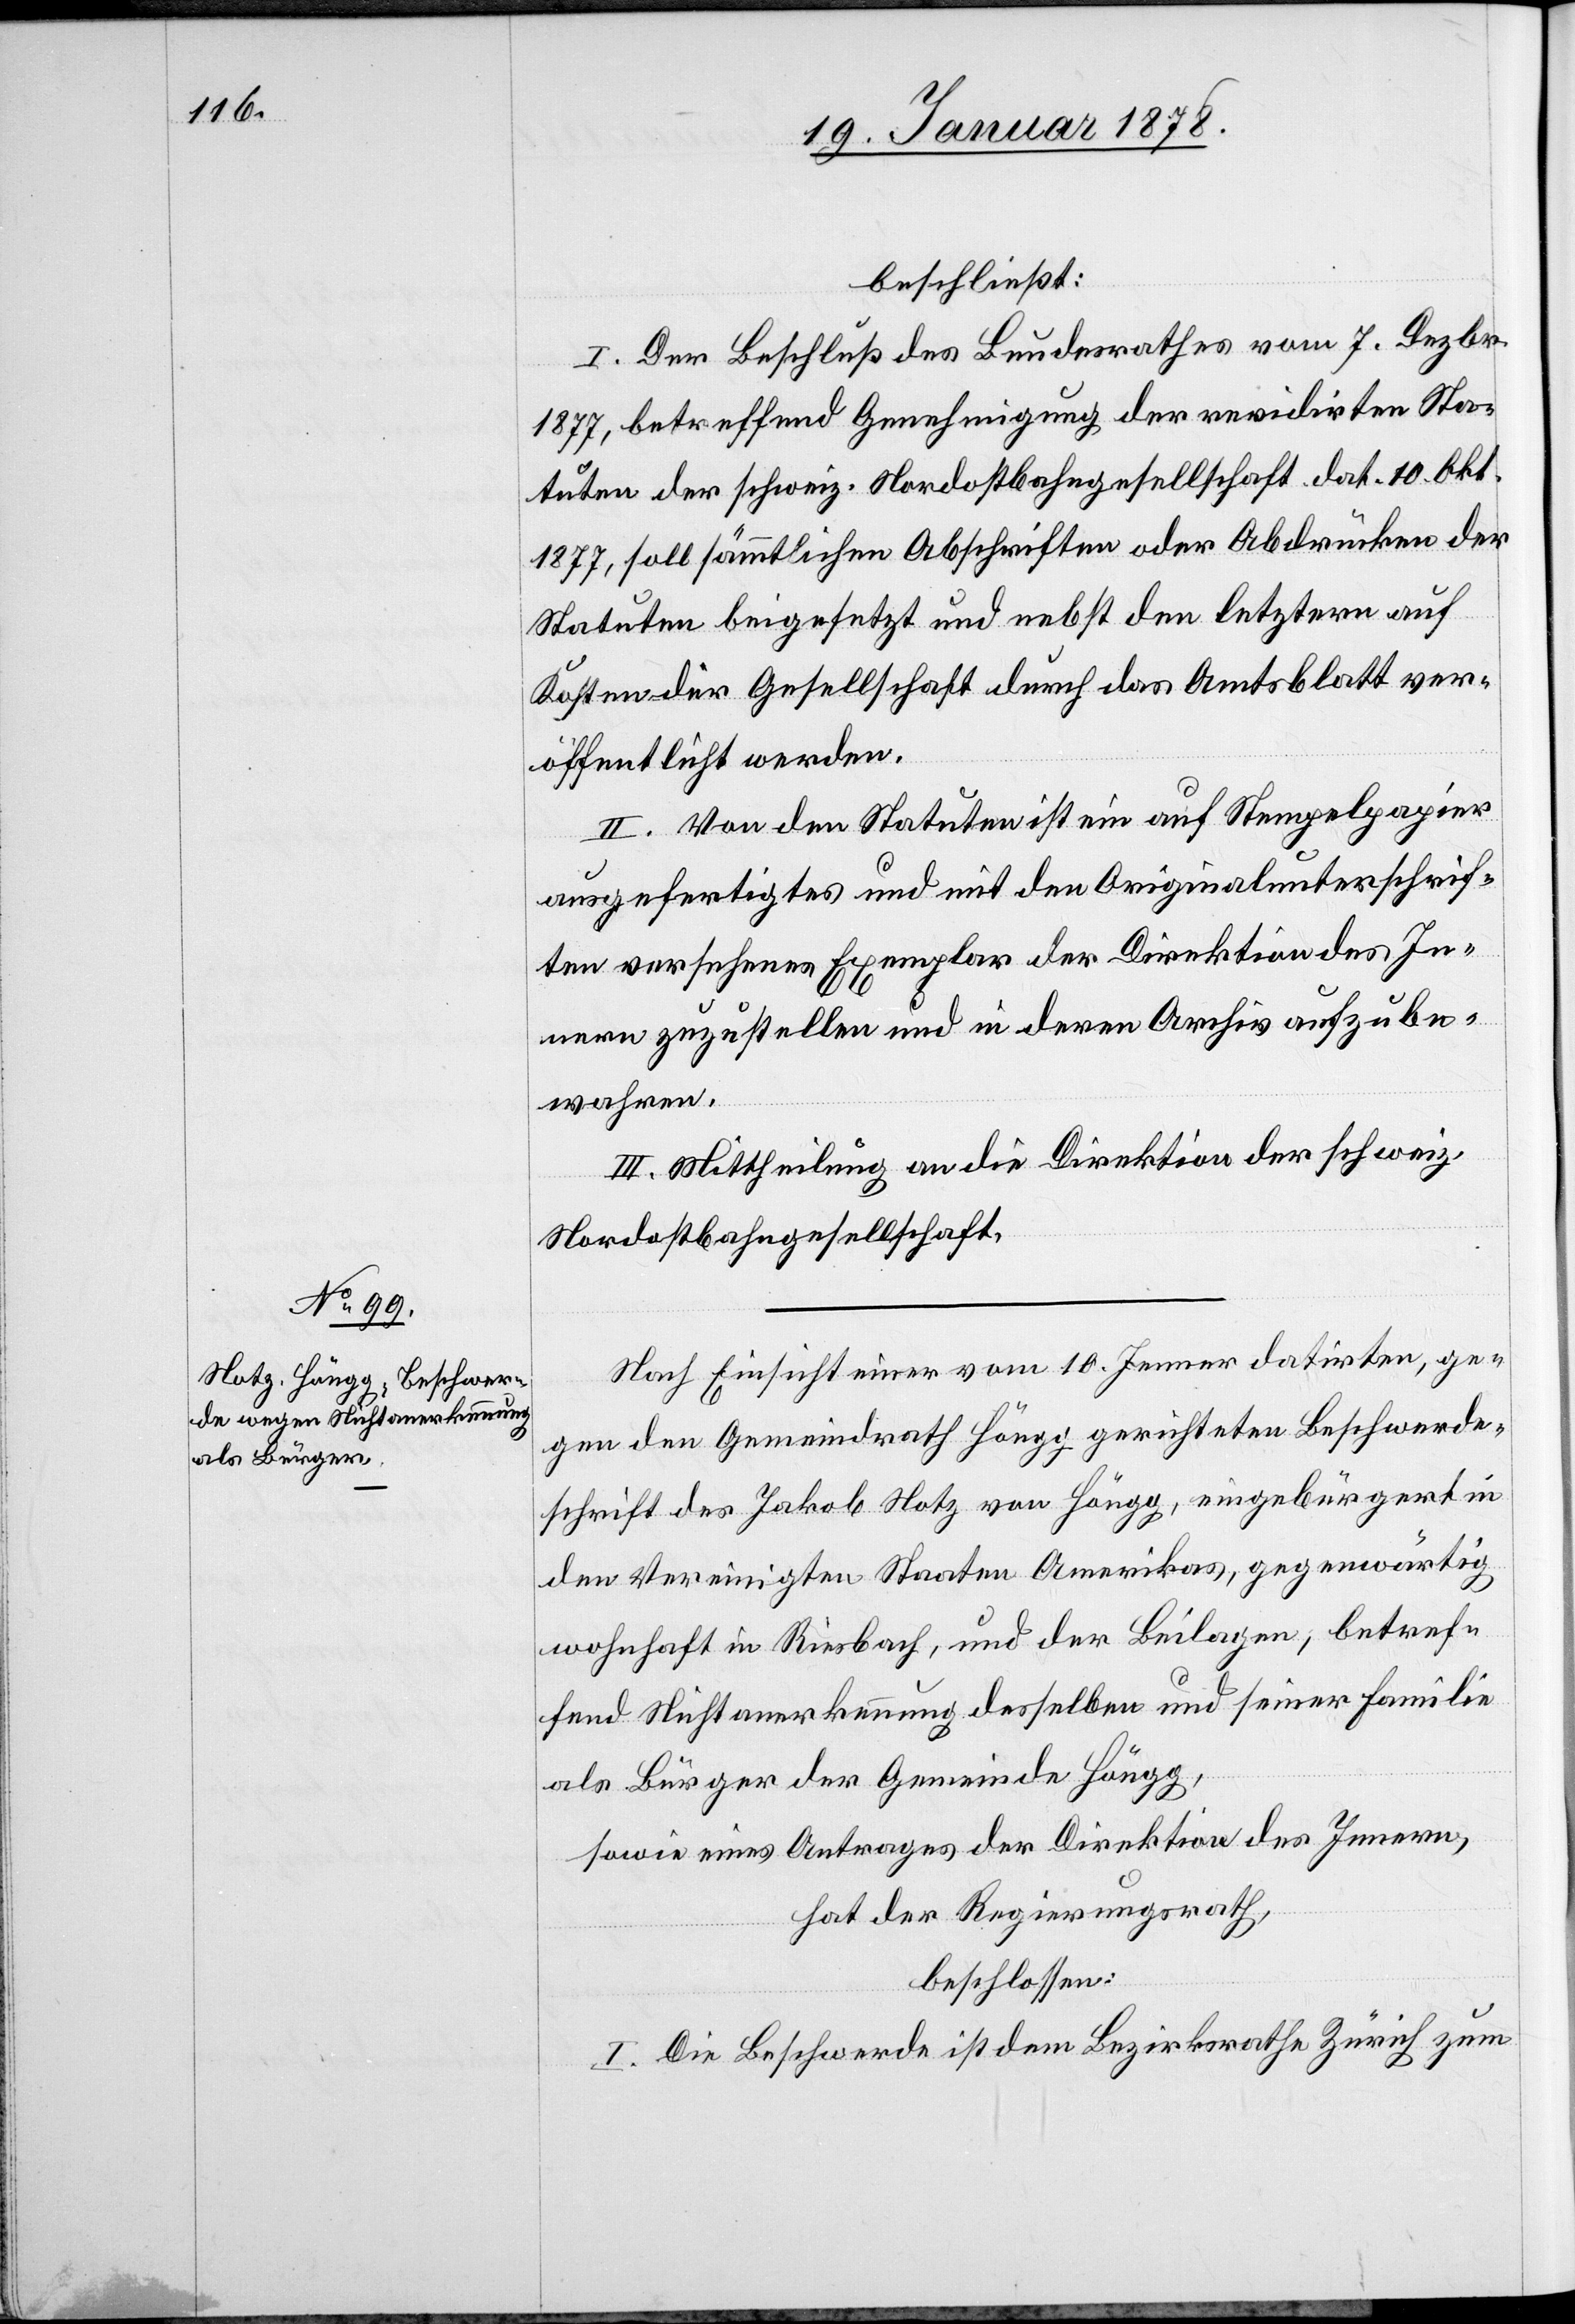
beschließt:
I. Der Beschluß des Bundesrathes vom 7. Dezbr.
1877, betreffend Genehmigung der revidirten Sta¬
tuten der schweiz. Nordostbahngesellschaft dat. 10. Okt.
1877, soll sämmtlichen Abschriften oder Abdrücken der
Statuten beigesetzt und nebst den letztern auf
Kosten der Gesellschaft durch das Amtsblatt ver¬
öffentlicht werden.
II. Von den Statuten ist ein auf Stempelpapier
ausgefertigtes und mit den Originalunterschrif¬
ten versehenes Exemplar der Direktion des In¬
nern zuzustellen und in deren Archiv aufzube¬
wahren.
III. Mittheilung an die Direktion der schweiz.
Nordostbahngesellschaft.
Nach Einsicht einer vom 10. Jenner datirten, ge¬
gen den Gemeindrath Höngg gerichteten Beschwerde¬
schrift des Jakob Notz von Höngg, eingebürgert in
den Vereinigten Staaten Amerikas, gegenwärtig
wohnhaft in Riesbach, und der Beilagen, betref¬
fend Nichtanerkennung desselben und seiner Familie
als Bürger der Gemeinde Höngg,
sowie eines Antrages der Direktion des Innern,
hat der Regierungsrath,
beschlossen:
I. Die Beschwerde ist dem Bezirksrathe Zürich zum